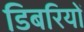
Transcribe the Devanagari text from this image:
डिबरियों